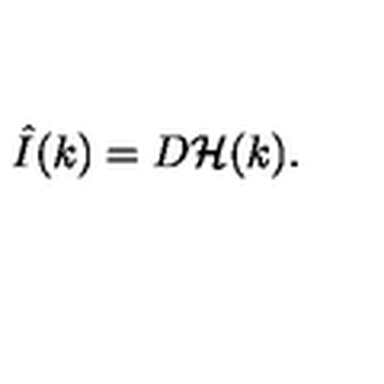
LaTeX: \hat { I } ( k ) = D { \cal H } ( k ) .